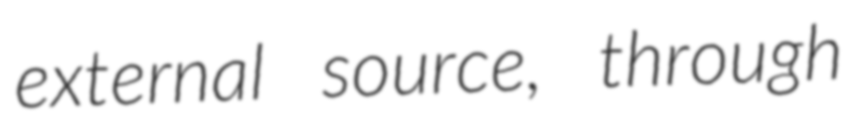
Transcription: external source, through